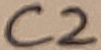
Text: C2